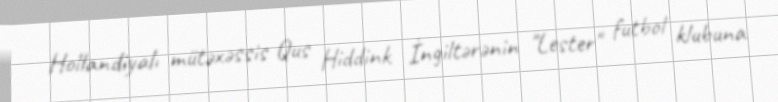
Hollandiyalı mütəxəssis Qus Hiddink İngiltərənin "Lester" futbol klubuna